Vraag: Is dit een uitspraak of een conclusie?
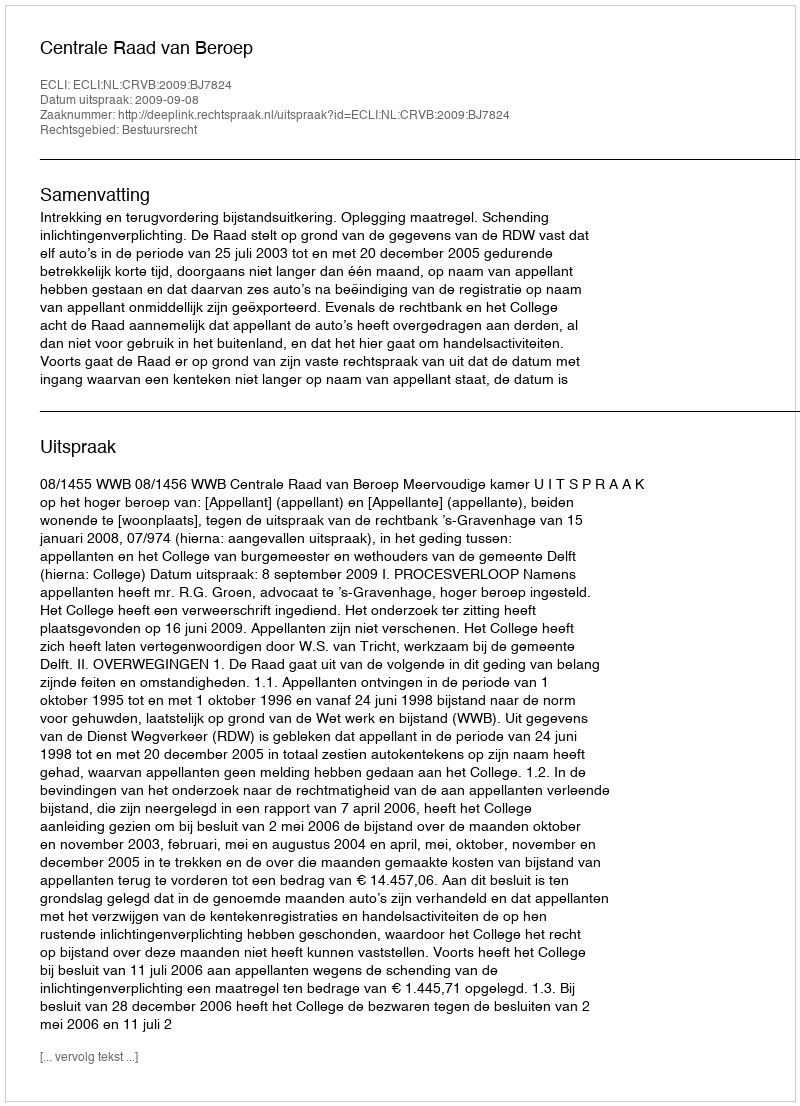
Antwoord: Uitspraak